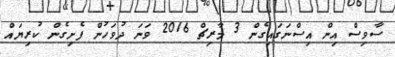
ސާވިސް އިން އިސްނަގައިގެން 3 މާރިޗް 2016 ވަނަ ދުވަހުން ފެށިގެން ކުރިޔައް